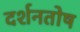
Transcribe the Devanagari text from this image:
दर्शनतोष